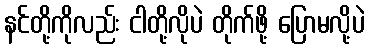
နင်တို့ကိုလည်း ငါတို့လိုပဲ တိုက်ဖို့ ပြောမလို့ပဲ